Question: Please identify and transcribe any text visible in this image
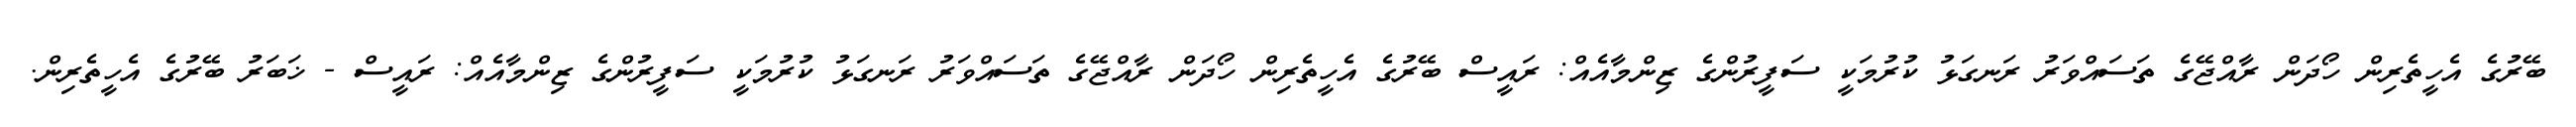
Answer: ބޭރުގެ އެހީތެރިން ހޯދަން ރާއްޖޭގެ ތަސައްވަރު ރަނގަޅު ކުރުމަކީ ސަފީރުންގެ ޒިންމާއެއް: ރައީސް ބޭރުގެ އެހީތެރިން ހޯދަން ރާއްޖޭގެ ތަސައްވަރު ރަނގަޅު ކުރުމަކީ ސަފީރުންގެ ޒިންމާއެއް: ރައީސް - ޚަބަރު ބޭރުގެ އެހީތެރިން.